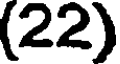
(22)